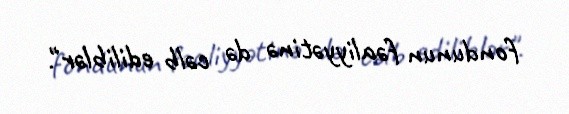
fondunun fəaliyyətinə də cəlb ediliblər".